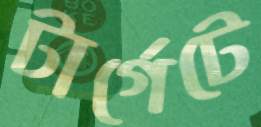
টার্গেটে